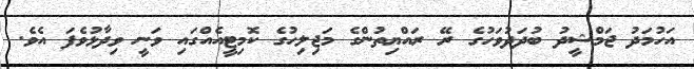
އަހުމަދު ޖަމްޝީދު ބުދަދުވަހުގެ ރޭ ރައްޔިތުންގެ މަޖިލިހުގެ ކޮމިޓީއެއްގައި ވަނީ ވިދާޅުވެފަ އެވެ.